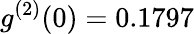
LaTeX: g^{(2)}(0)=0.1797